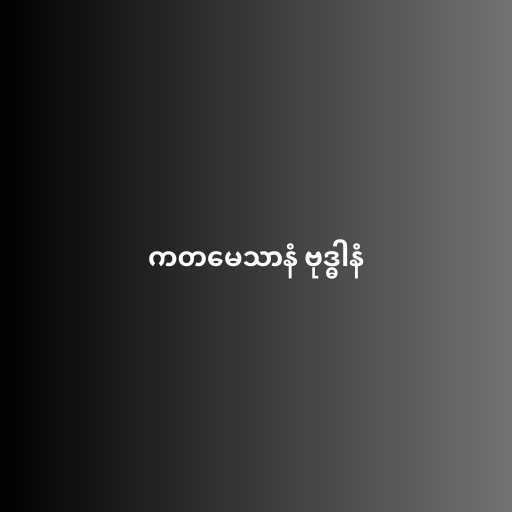
ကတမေသာနံ ဗုဒ္ဓါနံ